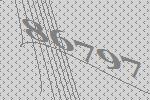
86797